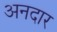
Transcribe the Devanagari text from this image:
अनदार